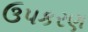
ઉપકરણ